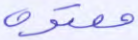
معتوه